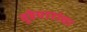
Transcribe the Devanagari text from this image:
वूडेयारांचा